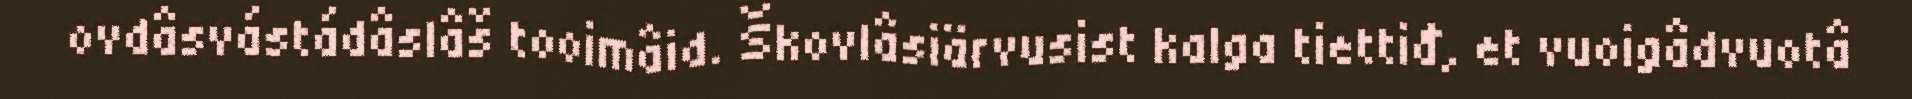
ovdâsvástádâslâš tooimâid. Škovlâsiärvusist kalga tiettiđ, et vuoigâdvuotâ